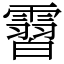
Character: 霫